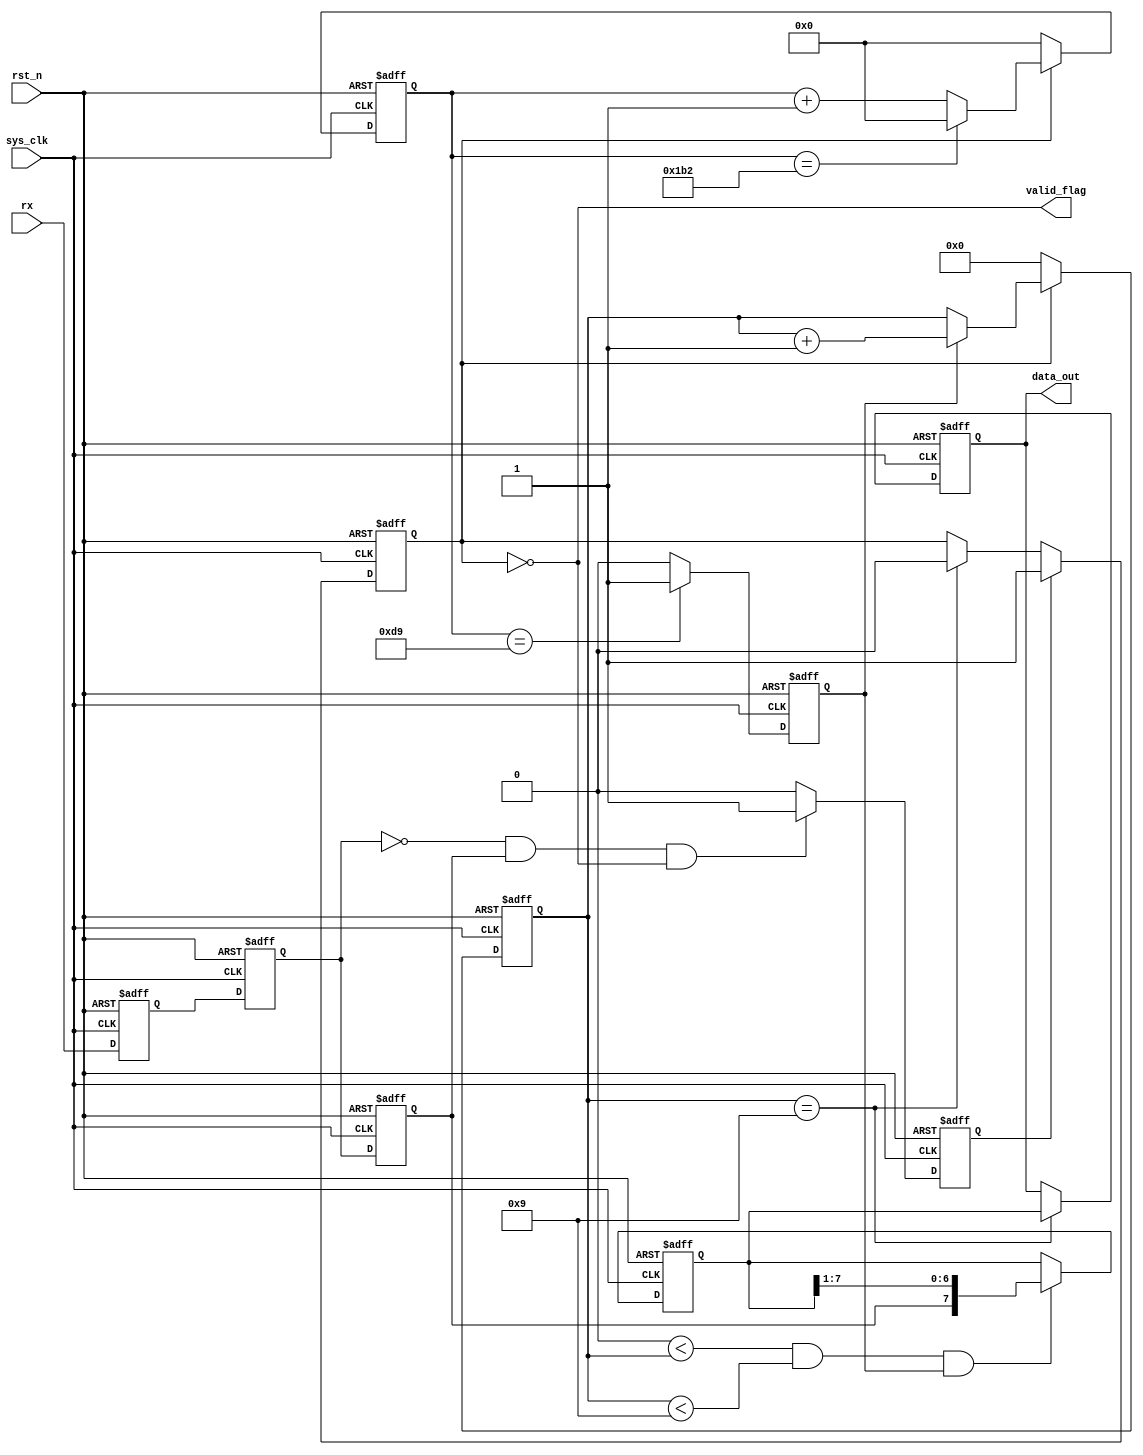
module RX 
(
    input  wire      sys_clk, 
    input  wire      rst_n,       // 
    input  wire      rx,          //
    output wire      valid_flag,  //
    output reg [7:0] data_out     //           
);  

    parameter Baud_9600 = 13'd5207;  //50MHz1/9600s
    parameter Baud_115200 = 13'd434; //50MHz1/115200s
    parameter read_cnt = Baud_115200 / 2;
    
    reg        re_reg1, re_reg2, re_reg3;  //reg1rxreg2reg3
    reg        start_flag;                 //
    reg        work_flag;                  //
    reg [12:0] baud_cnt;                   //
    reg        read_flag;                  //
    reg [3:0]  bit_cnt;                    //
    reg [7:0]  data_reg;                   //

   
    always @(posedge sys_clk, negedge rst_n) begin
        if(rst_n == 1'b0) begin
            re_reg1 <= 1'b0;
            re_reg2 <= 1'b0;
            re_reg3 <= 1'b0;
        end
        else begin
            re_reg1 <= rx;
            re_reg2 <= re_reg1;
            re_reg3 <= re_reg2;
        end
    end
    
    
    //start_flag
    always @(posedge sys_clk, negedge rst_n) begin
        if(rst_n == 1'b0) 
            start_flag <= 1'b0;
        else if((re_reg2 == 1'b0) && (re_reg3 == 1'b1) && (work_flag == 1'b0))
            start_flag <= 1'b1;
        else
            start_flag <= 1'b0;
    end
    
    
    //work_flag
    always @(posedge sys_clk, negedge rst_n) begin
        if(rst_n == 1'b0) 
            work_flag <= 1'b0;
        else if(start_flag == 1'b1)
            work_flag <= 1'b1;
        else if(bit_cnt == 4'd9)            //baudwork_flag
            work_flag <= 1'b0;
        else
            work_flag <= work_flag;
    end
    
    
    //baud_cnt
    always @(posedge sys_clk, negedge rst_n) begin
        if(rst_n == 1'b0) 
            baud_cnt <= 13'd0;
        else if(work_flag == 1'b1) begin 
            if(baud_cnt == Baud_115200)
                baud_cnt <= 13'd0;
            else 
                baud_cnt <= baud_cnt + 13'd1;
        end
        else   
            baud_cnt <= 13'd0;
    end
    
    
    //read_flag
    always @(posedge sys_clk, negedge rst_n) begin
        if(rst_n == 1'b0) 
            read_flag <= 1'b0;
        else if(baud_cnt == read_cnt)       //
            read_flag <= 1'b1;
        else   
            read_flag <= 1'b0;
    end
    
    
    //bit_cnt
    always @(posedge sys_clk, negedge rst_n) begin
        if(rst_n == 1'b0) 
            bit_cnt <= 4'd0;
        else if(work_flag == 1'b0)         //bit_cnt
            bit_cnt <= 4'd0;
        else if(read_flag == 1'b1)      
            bit_cnt <= bit_cnt + 4'd1;
        else   
            bit_cnt <= bit_cnt;
    end
    
    
    //data_reg
    always @(posedge sys_clk, negedge rst_n) begin
        if(rst_n == 1'b0) 
            data_reg <= 8'd0;
        else if((4'd0 < bit_cnt) && (bit_cnt < 4'd9) && (read_flag == 1'b1))      
            data_reg <= {re_reg3, data_reg[7:1]};
        else   
            data_reg <= data_reg;
    end
    
    
    //data_out
    always @(posedge sys_clk, negedge rst_n) begin
        if(rst_n == 1'b0) 
            data_out <= 8'd0;
        else if(bit_cnt == 4'd9)    
            data_out <= data_reg;
        else   
            data_out <= data_out;
    end
    
    
    //valid_flag
    assign valid_flag = ~work_flag;
    
endmodule